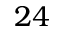
2 4